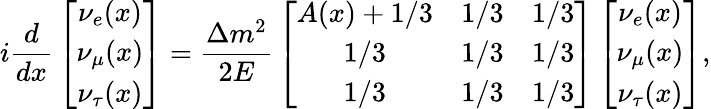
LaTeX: i{\frac{d}{dx}}\left[\begin{array}{c}{{\nu_{e}(x)}}\\ {{\nu_{\mu}(x)}}\\ {{\nu_{\tau}(x)}}\end{array}\right]={\frac{\Delta m^{2}}{2E}}\left[\begin{array}{ccc}{{A(x)+1/3}}&{{1/3}}&{{1/3}}\\ {{1/3}}&{{1/3}}&{{1/3}}\\ {{1/3}}&{{1/3}}&{{1/3}}\end{array}\right]\left[\begin{array}{c}{{\nu_{e}(x)}}\\ {{\nu_{\mu}(x)}}\\ {{\nu_{\tau}(x)}}\end{array}\right],